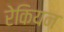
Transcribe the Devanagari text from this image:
रेकियन